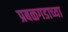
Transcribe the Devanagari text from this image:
प्रबळगडाच्या